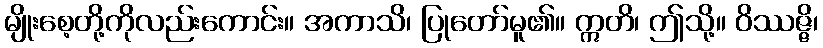
မျိုးစေ့တို့ကိုလည်းကောင်း။ အကာသိ၊ ပြုတော်မူ၏။ ဣတိ၊ ဤသို့။ ဝိဿဇ္ဇိ၊